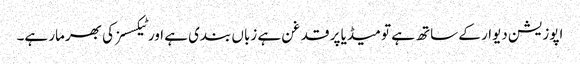
اپوزیشن دیوار کے ساتھ ہے تو میڈیا پر قدغن ہے زباں بندی ہے اور ٹیکسسز کی بھرمار ہے۔